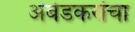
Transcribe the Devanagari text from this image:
अंबेडकरांचा